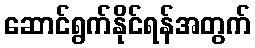
ဆောင်ရွက်နိုင်ရန်အတွက်